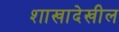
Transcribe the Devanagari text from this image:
शाखादेखील